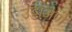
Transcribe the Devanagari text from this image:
उड्डाअणे